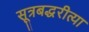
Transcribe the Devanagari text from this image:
सूत्रबद्धरीत्या